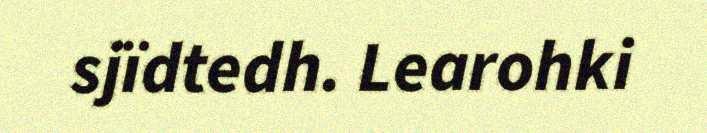
sjïdtedh. Learohki